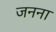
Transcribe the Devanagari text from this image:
जनना